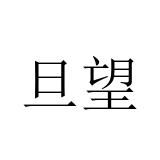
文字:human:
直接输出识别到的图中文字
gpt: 旦望